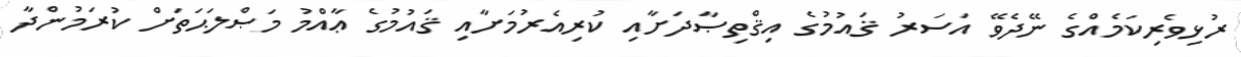
ރުޅިވެރިކަމެއްގެ ނޭދެވޭ އަސަރު ޤައުމުގެ އިޤްތިޞާދަށާއި ކުރިއެރުމަށާއި ޤައުމުގެ ޢާއްމު މަޞްލަޙަތަށް ކުރަމުންދާ